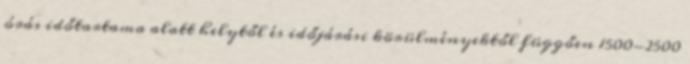
órás időtartama alatt helytől és időjárási körülményektől függően 1500-2500